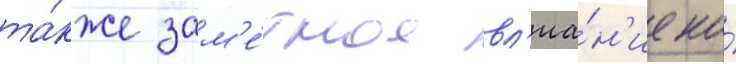
та́кже зам'е́тное вл'иа́н'ие на́